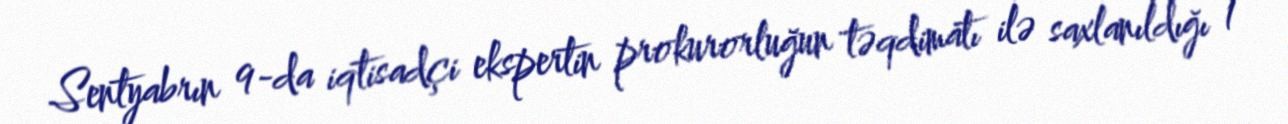
Sentyabrın 9-da iqtisadçi ekspertin prokurorluğun təqdimatı ilə saxlanıldığı 1